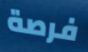
فرصة